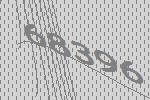
68396